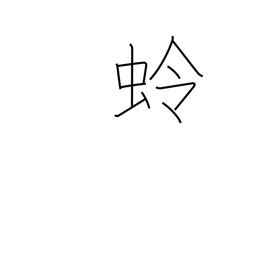
Meaning: moon moth